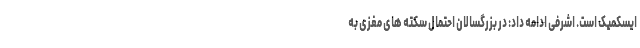
ایسکمیک است. اشرفی ادامه داد: در بزرگسالان احتمال سکته های مغزی به